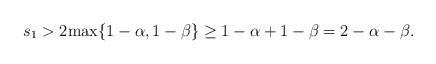
LaTeX: \begin{align*}s_1 > 2\mathrm{max} \{1-\alpha, 1-\beta \} \geq 1-\alpha+1-\beta= 2- \alpha- \beta.\end{align*}